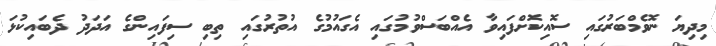
މިދިޔަ ނޮވެމްބަރުގައި ސޮއިކޮށްފައިވާ އެއްބަސްވުމުގައި އެގައުމުގެ އުތުރުގައި ތިބި ސިފައިންގެ އަދަދު ދެބައިކުޅަ